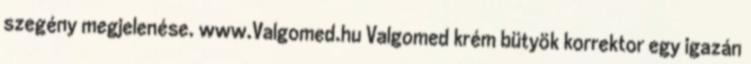
szegény megjelenése. www.Valgomed.hu Valgomed krém bütyök korrektor egy igazán